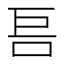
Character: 𱒏